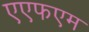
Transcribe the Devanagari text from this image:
एएफएम